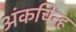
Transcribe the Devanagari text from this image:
अंकचिन्ह